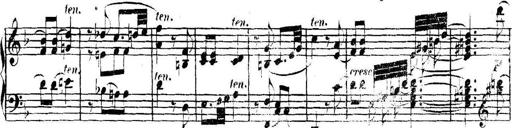
Title: Collected Piano Sonatas
Composer: Muzio Clementi